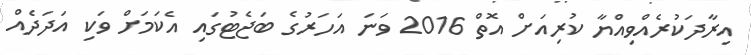
އިރާދަކުރެއްވިއްޔާ ކުރިއަށް އޮތް 2016 ވަނަ އަހަރުގެ ބަޖެޓުގައި އެކަމަށް ވަކި އަދަދެއް